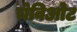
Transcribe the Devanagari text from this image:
चेविओट